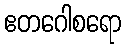
ဧတဂေါစရော